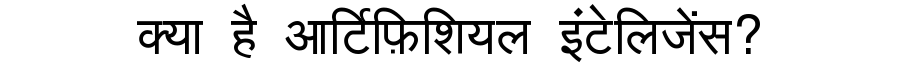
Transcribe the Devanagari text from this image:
क्या है आर्टिफ़िशियल इंटेलिजेंस?